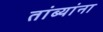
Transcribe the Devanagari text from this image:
तांब्यांना